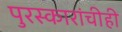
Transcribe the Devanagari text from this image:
पुरस्कारांचीही